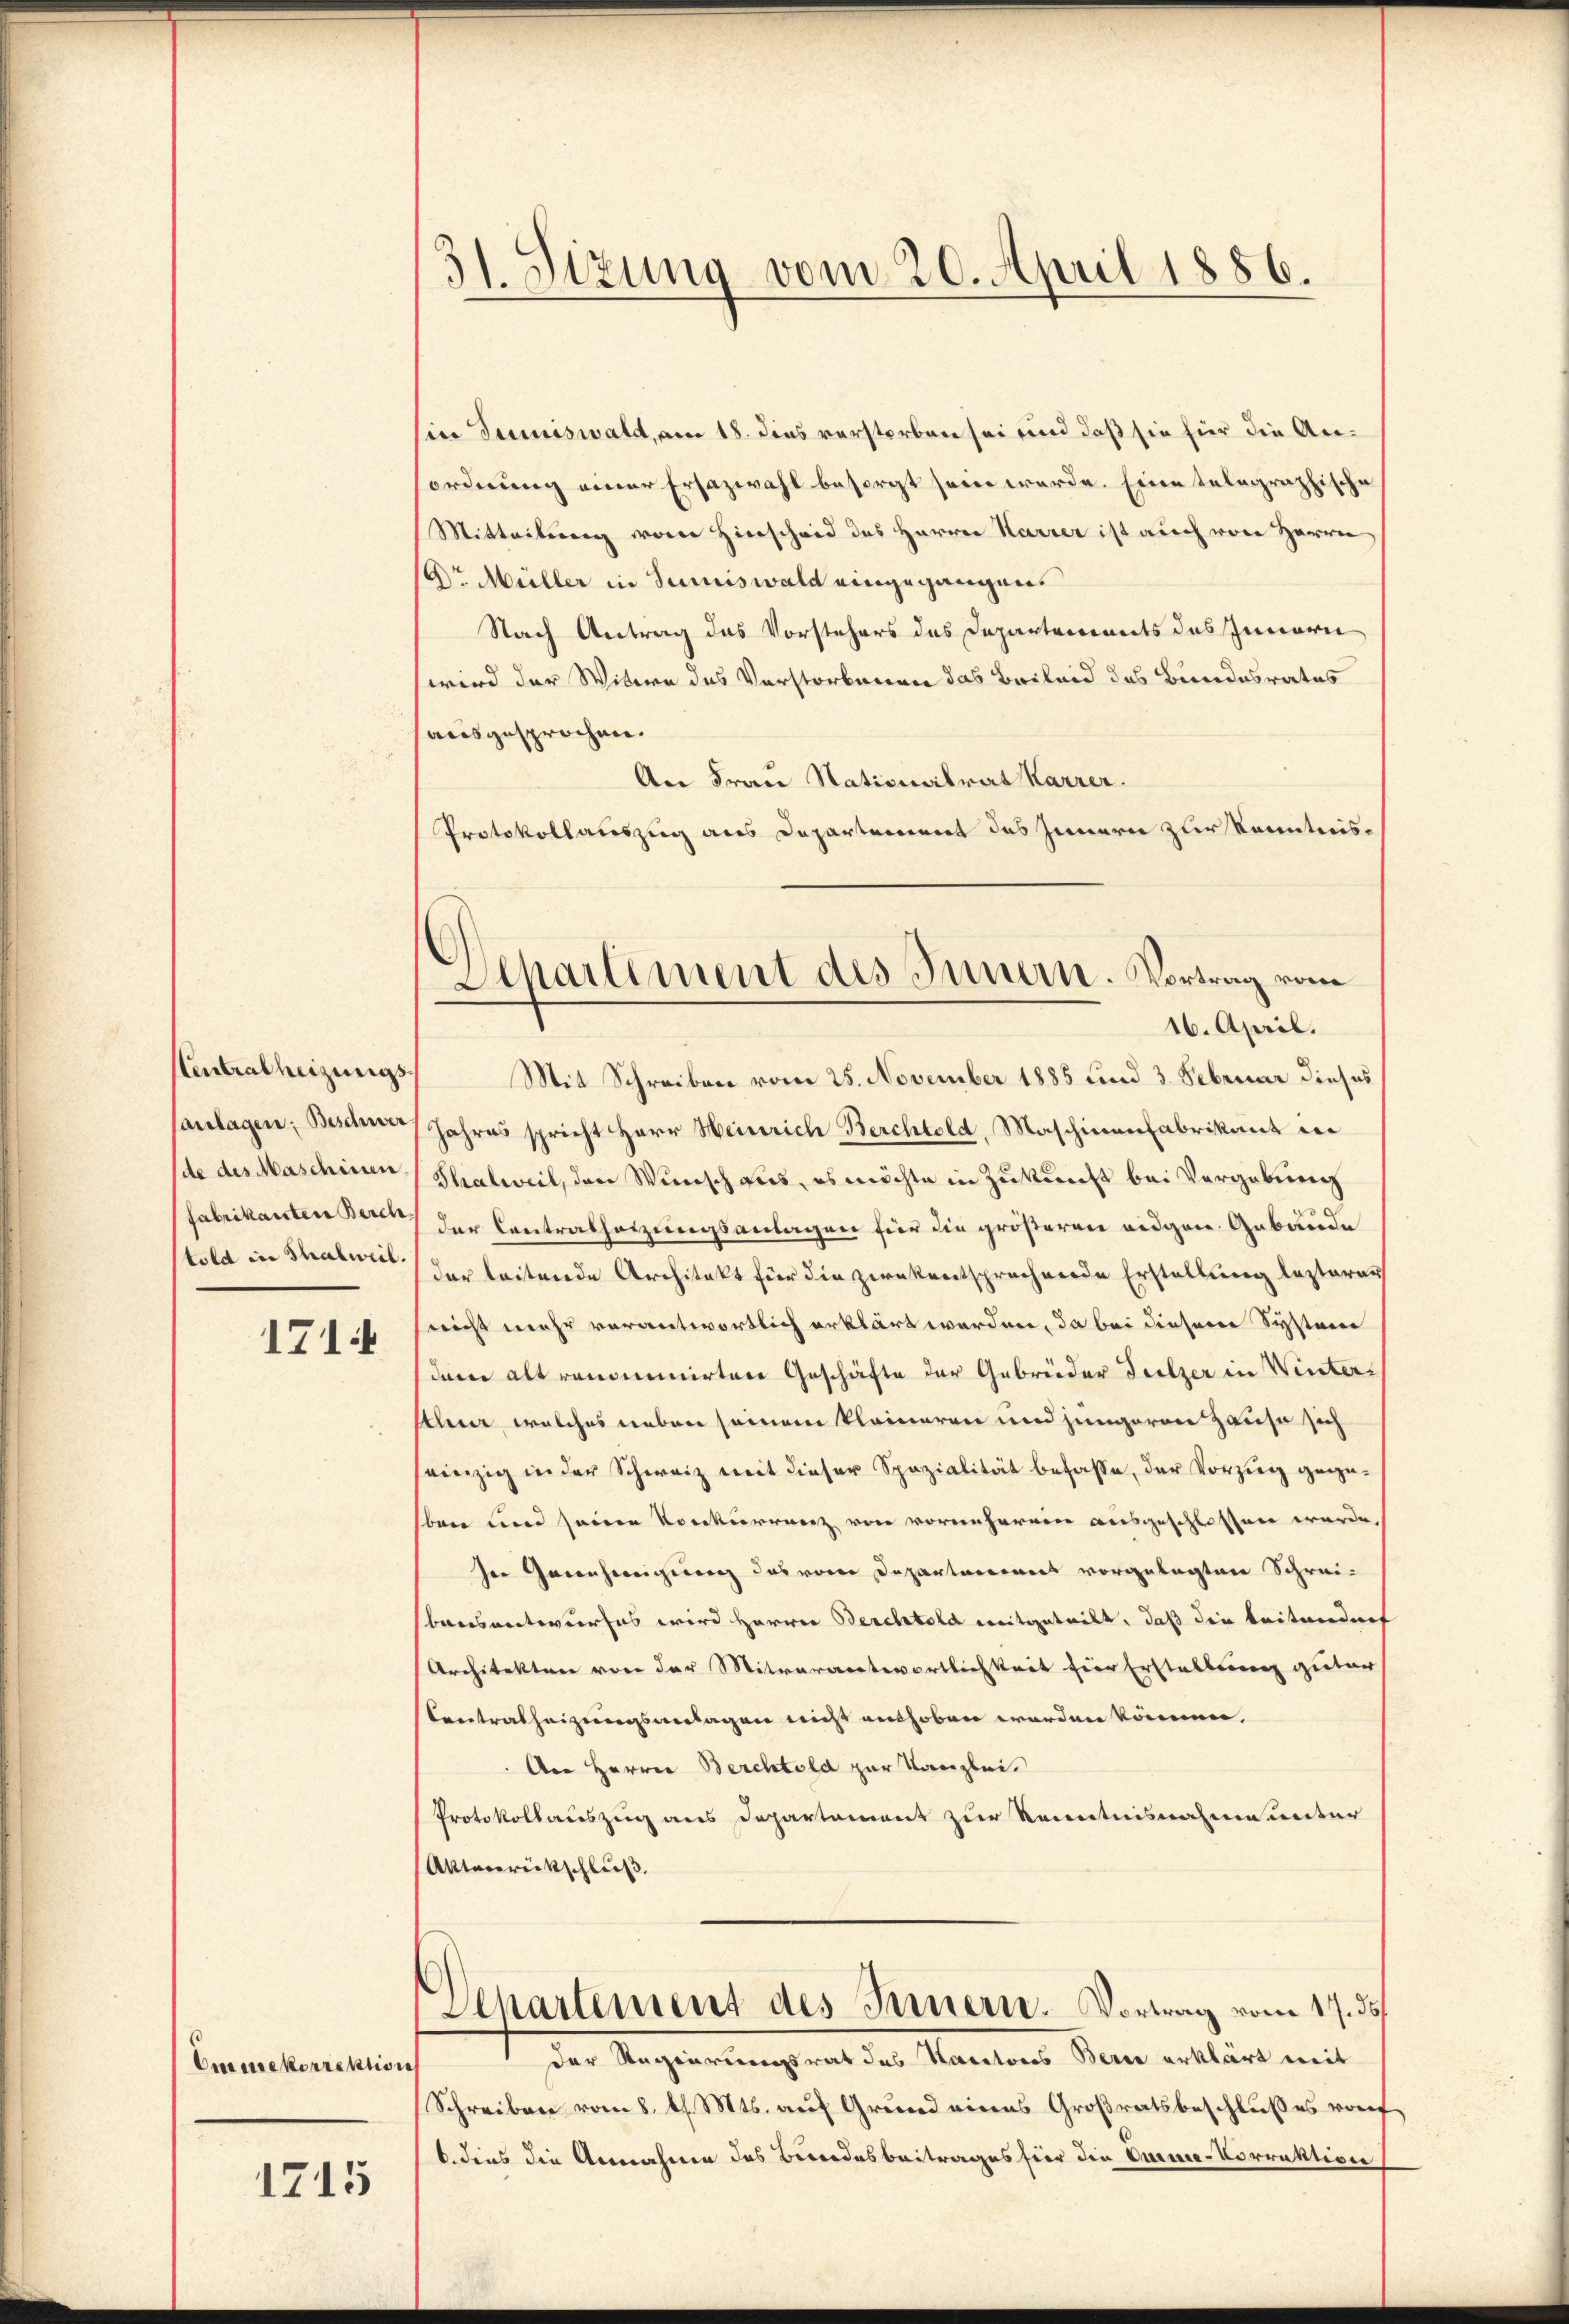
Stentralheizungs¬

1714

Emmekorrektion

1715

31. Sizung vom 20. April 1886.

Departement des Innern. Vortrag vom
16. April.

Ein Tuniswald, am 18. dies verstorben sei und daß sie für die Anordnung einer Ersazwahl besorgt sein werde. Eine telegraphische
Mitteilung von Hinscheid des Herrn Karrer ist auch von Herrn
Dr. Müller in Sumiswald eingegangen.
Nach Antrag das Vorstehers des Departements des Innern
wird der Witwe des Vorstorbenen das Beileid des Bundesrates
ausgesprochen.
An Frau Stationalrat Karrer.
Protokollauszug aus Departement des Innern zur Kenntnis¬
Mit Schreiben vom 25. November 1885 und 3. Februar dieses
sanlagen, Beschen Jahres spricht Herr Heinrich Berchtold, Maschinenfabrikant in
de des Maschinen Thalweil, den Wunsch aus, es möchte in Zukunft bei Vergebung
fabrikanten Bern der Contralheizungsanlagen für die größeren eidgen. Gebäude
told in Schaben der leitende Architekt für die zwekentsprechende Erstellung lezteres
seicht mehr verantwortlich erklärt werden, da bei diesere Systeme
deme altronominirten Geschäfte der Gebrüder Teilzer in Winters
thur, welches neben seinem kleineren und jüngeren Hause sich
seinzig in der Schweiz mit dieser Spazialität befasse, der Vorzug gegeben und seine Konkurrenz von vornherein ausgeschlossen werde.
In Genehmigung das von Departaneners vorgelegten Schreibausantwurfes wird Herrn Berchtold mitgeteilt, daß die Leitendenf
Architekten von der Mitverantwortlichkeit für Erstellung guter
Centralheizungsanlagen nicht enthoben worden können.
Aer Herrn Berchtold zur Kanzlei.
Protokollauszug aus Departement zur Kenntnisnahme unter
Aktenrückschluß,
Separtement des Innern. Vortrag vom 17. ds
der Regierung mit der Manten dem erklärt mit
Schreiben vom 8. d. Mts. auf Grund eines Großratsbeschlußes von
b. dies die Annahmen das Besondesbeitrages für die Darmee-Vorrektione